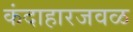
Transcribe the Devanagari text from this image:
कंदाहारजवळ